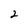
Character: 2